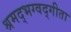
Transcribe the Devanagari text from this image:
श्रमद्भग्वद्गीता